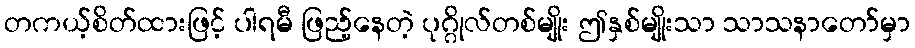
တကယ့်စိတ်ထားဖြင့် ပါရမီ ဖြည့်နေတဲ့ ပုဂ္ဂိုလ်တစ်မျိုး ဤနှစ်မျိုးသာ သာသနာတော်မှာ